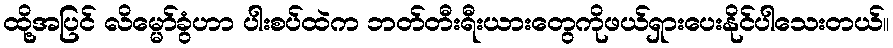
ထို့အပြင် လိမ္မော်ခွံဟာ ပါးစပ်ထဲက ဘတ်တီးရီးယားတွေကိုဖယ်ရှားပေးနိုင်ပါသေးတယ်။